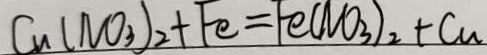
C u ( N O _ { 3 } ) _ { 2 } + F e = F e ( N O _ { 3 } ) _ { 2 } + C u